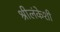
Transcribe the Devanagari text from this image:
श्रीलंकेशी